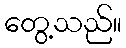
တွေ့သည်။